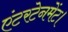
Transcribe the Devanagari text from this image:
एंटरटेनमेंट।